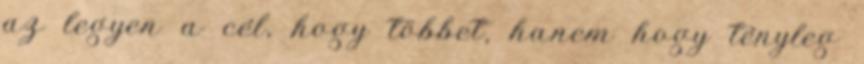
az legyen a cél, hogy többet, hanem hogy tényleg